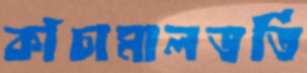
কাঁচামালভর্তি